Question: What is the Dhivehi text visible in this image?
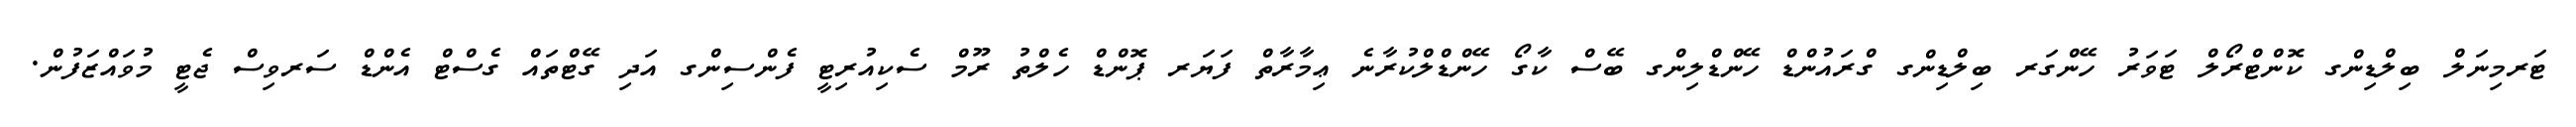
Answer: ޓަރމިނަލް ބިލްޑިންގ ކޮންޓްރޯލް ޓަވަރު ހޭންގަރ ބިލްޑިންގ ގްރައުންޑް ހޭންޑްލިންގ ބޭސް ކާގޯ ހޭންޑްލްކުރާނެ ޢިމާރާތް ފަޔަރ ޕޮންޑް ހެލްތު ރޫމް ސެކިއުރިޓީ ފެންސިންގ އަދި ގޭޓްތައް ގެސްޓް އެންޑް ސަރވިސް ޖެޓީ މުވައްޒަފުން.